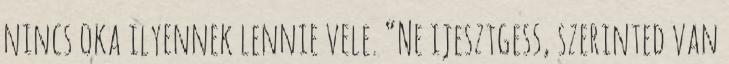
nincs oka ilyennek lennie vele. “Ne ijesztgess, szerinted van